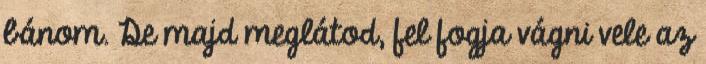
bánom. De majd meglátod, fel fogja vágni vele az